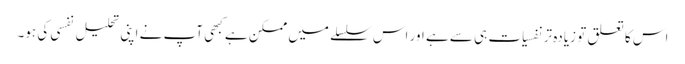
اس کا تعلق تو زیادہ تر نفسیات ہی سے ہے اور اس سلسلے میں ممکن ہے کبھی آپ نے اپنی تحلیل نفسی کی ہو۔